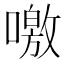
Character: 噭